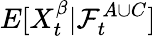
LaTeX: E[X_{t}^{\beta}|\mathcal{F}_{t}^{A\cup C}]